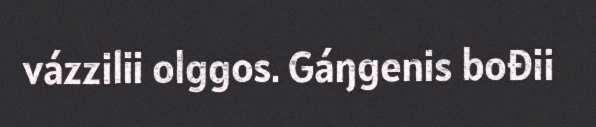
vázzilii olggos. Gáŋgenis bođii